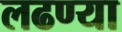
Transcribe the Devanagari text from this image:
लढण्या